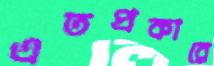
এতপ্রকারে